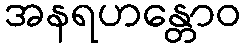
အနရဟန္တောဝ